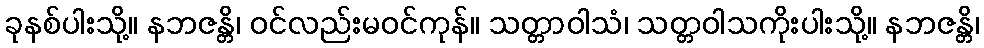
ခုနစ်ပါးသို့။ နဘဇန္တိ၊ ဝင်လည်းမဝင်ကုန်။ သတ္တာဝါသံ၊ သတ္တဝါသကိုးပါးသို့။ နဘဇန္တိ၊